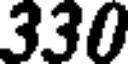
330